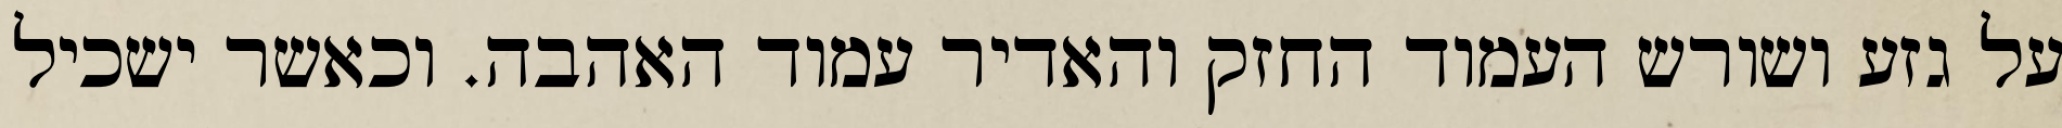
על גזע ושורש העמוד החזק והאדיר עמוד האהבה. וכאשר ישכיל